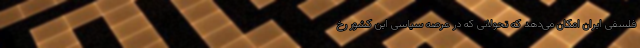
فلسفی ایران امکان می‌دهد که تحولاتی که در عرصه سیاسی این کشور رخ